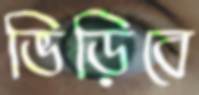
ভিড়িবে